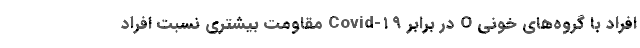
افراد با گروه‌های خونی O در برابر Covid-۱۹ مقاومت بیشتری نسبت افراد